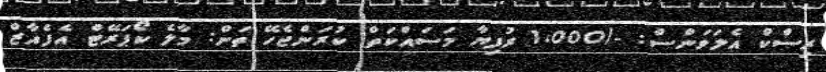
ރިސްކް އެލަވަންސް: -/1